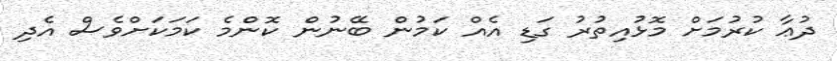
ދުޢާ ކުރުމަށް މޮޅުއިތުރު ގަޑި އެއް ކަމުން ބޭނުން ކޮންމެ ކަމަކަށްވެސް އެދި